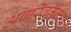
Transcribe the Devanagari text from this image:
अपरिवर्तनशाल